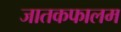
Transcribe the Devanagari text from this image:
जातकफालम